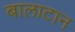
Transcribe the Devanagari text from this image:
बालाटान